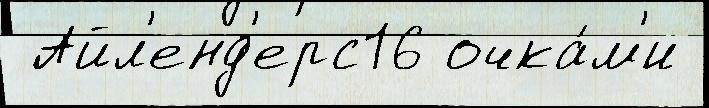
 Айл'енд'ерс16 очка́м'и